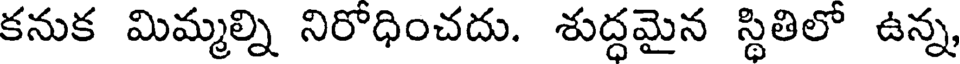
కనుక మిమ్మల్ని నిరోధించదు. శుద్ధమైన స్థితిలో ఉన్న,